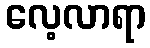
လေ့လာရာ